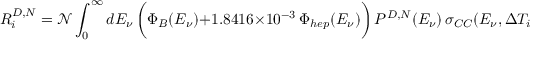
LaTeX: R _ { i } ^ { D , N } = { { \mathcal { N } } } \int _ { 0 } ^ { \infty } d E _ { \nu } \, \bigg ( \Phi _ { B } ( E _ { \nu } ) + 1 . 8 4 1 6 \times 1 0 ^ { - 3 } \, \Phi _ { h e p } ( E _ { \nu } ) \bigg ) \, P ^ { D , N } ( E _ { \nu } ) \, \sigma _ { C C } ( E _ { \nu } , \Delta T _ { i } ) \,